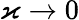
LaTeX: \varkappa\to 0